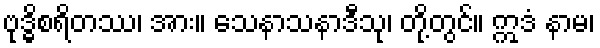
ဗုဒ္ဓိစရိတဿ၊ အား။ သေနာသနာဒီသု၊ တို့တွင်။ ဣဒံ နာမ၊